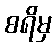
စရိမှ